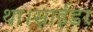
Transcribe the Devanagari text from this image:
था।स्नाईडर